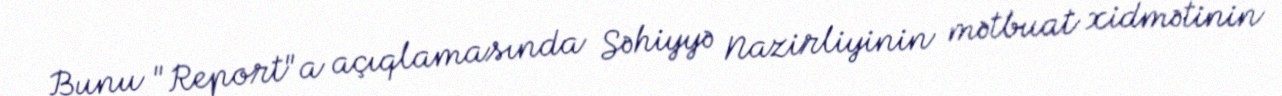
Bunu "Report"a açıqlamasında Səhiyyə Nazirliyinin mətbuat xidmətinin